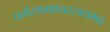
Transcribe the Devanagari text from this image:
धर्मरथमाध्वररम्यभद्र